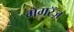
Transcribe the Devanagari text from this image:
मॅगरॅज़